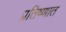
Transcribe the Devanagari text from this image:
प्रतिष्णात